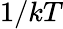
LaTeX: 1/kT